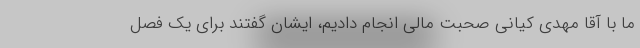
ما با آقا مهدی کیانی صحبت مالی انجام دادیم، ایشان گفتند برای یک فصل